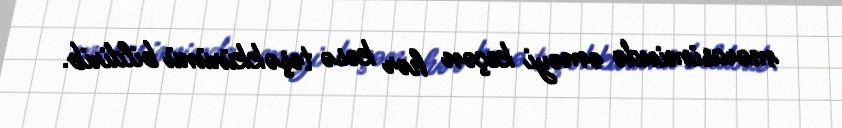
mərasimində əməyi keçən hər kəsə təşəkkürünü bildirib.